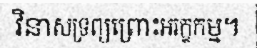
វិនាសទ្រព្យព្រោះអរក្ខកម្ម។